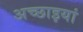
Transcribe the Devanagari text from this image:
अच्छाइयां